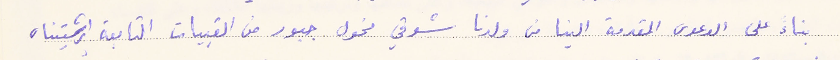
بناء على الدعوى المقدمة الينا من ولدنا شوقي مخول جبور من القبيات التابعة ابرشيتنا،